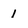
Character: 1